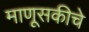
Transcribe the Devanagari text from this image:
माणूसकीचे